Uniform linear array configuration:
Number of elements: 48
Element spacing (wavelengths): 1
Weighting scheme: hann
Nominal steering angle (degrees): -30
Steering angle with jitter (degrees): -30.349
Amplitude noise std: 0.05
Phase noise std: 0.05

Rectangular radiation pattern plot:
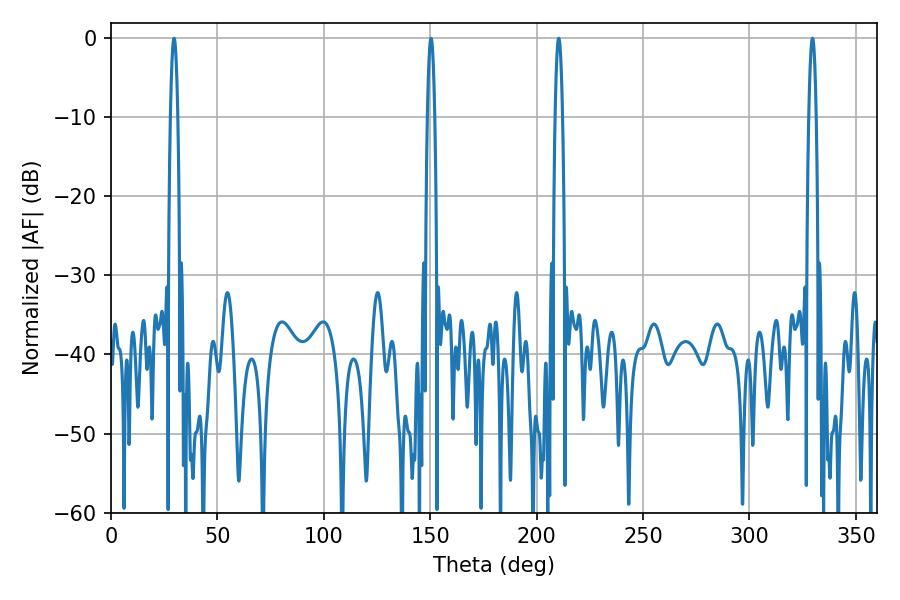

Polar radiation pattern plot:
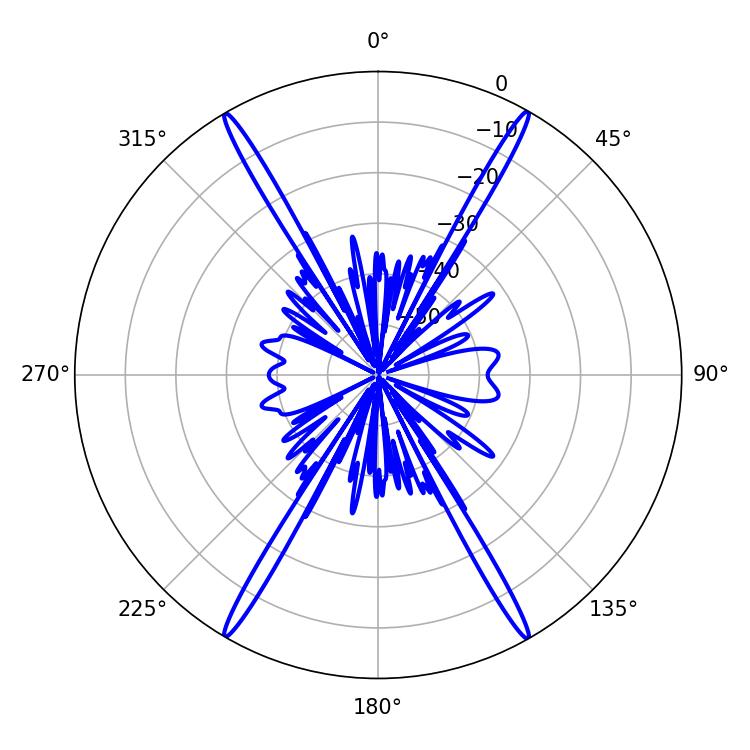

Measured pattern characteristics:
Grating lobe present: TRUE
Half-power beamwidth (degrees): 1.8
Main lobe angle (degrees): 210.42